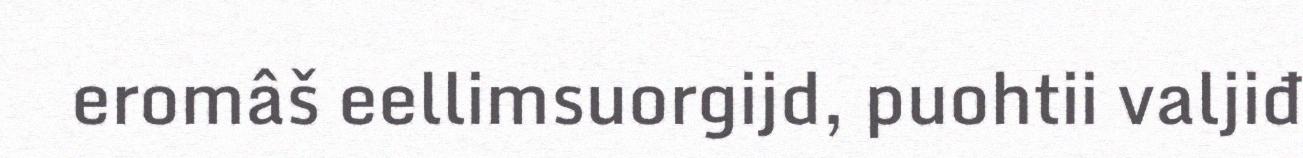
eromâš eellimsuorgijd, puohtii valjiđ